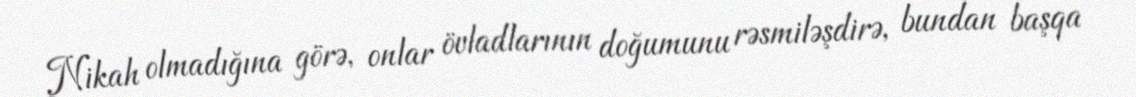
Nikah olmadığına görə, onlar övladlarının doğumunu rəsmiləşdirə, bundan başqa